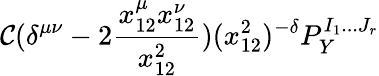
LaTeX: \mathcal{C}(\delta^{\mu\nu}-2\frac{{x_{12}^{\mu}x_{12}^{\nu}}}{{x_{12}^{2}}})(x_{12}^{2})^{-\delta}P_{Y}^{I_{1}...J_{r}}